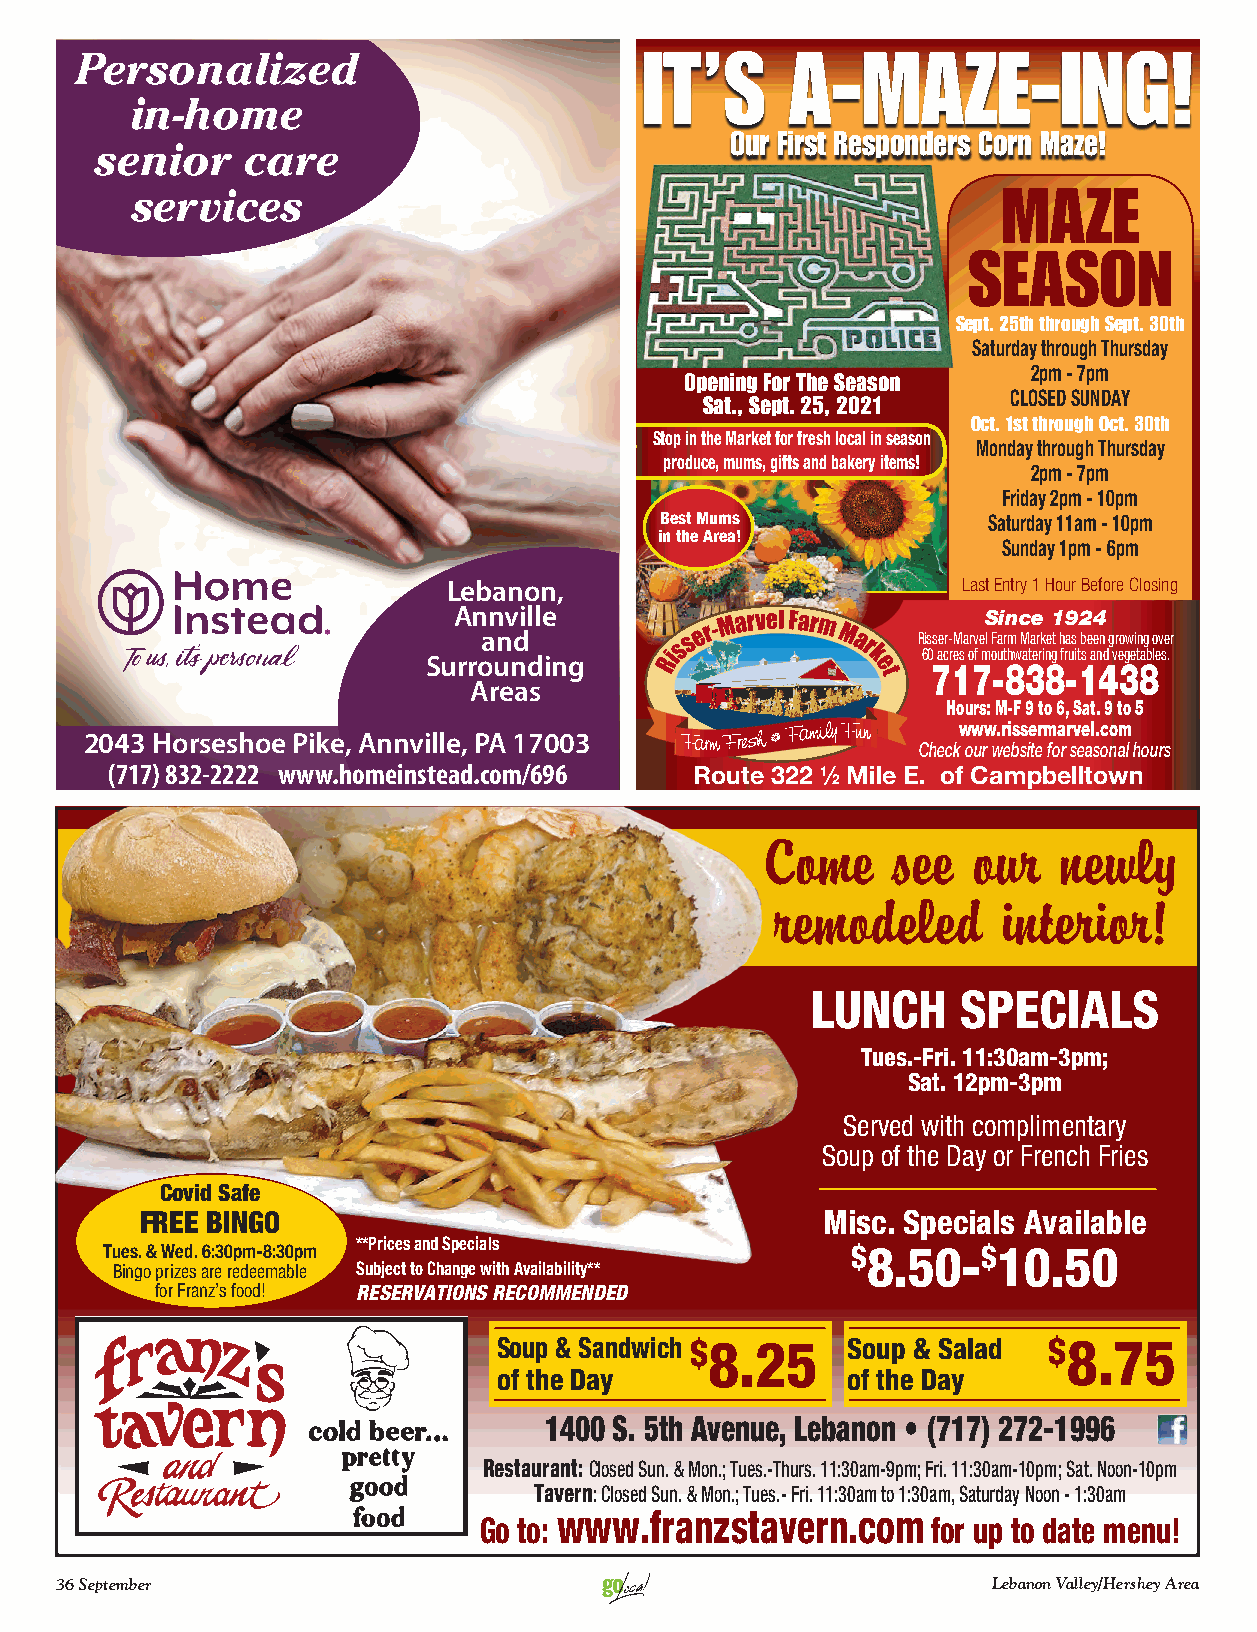
Personalized                          It’s     A-MAzE-Ing!
 in-home
 Our First Responders Corn Maze!
 senior    care
 services                                                 MAzE
 sEAsOn
 sept. 25th through sept. 30th
 Saturday through Thursday
 2pm - 7pm
 Opening For the season
 CLOSED SUNDAY
 sat., sept. 25, 2021
 Oct. 1st through Oct. 30th
 Stop in the Market for fresh local in season
 Monday through Thursday
 produce, mums, gifts and bakery items!
 2pm - 7pm
 Friday 2pm - 10pm
 Best Mums            Saturday 11am - 10pm
 in the Area!
 Sunday 1pm - 6pm
 Lebanon,                          Last Entry 1 Hour Before Closing
 Annville                           Since 1924
 and                          Risser-Marvel Farm Market has been growing over
 60 acres of mouthwatering fruits and vegetables.
 Surrounding
 717-838-1438
 Areas
 Hours: M-F 9 to 6, Sat. 9 to 5
 www.rissermarvel.com
 2043 Horseshoe Pike, Annville, PA 17003
 Check our website for seasonal hours
 (717) 832-2222 www.homeinstead.com/696 Route 322 1⁄ Mile E. of Campbelltown
 2
 Come    see  our   newly
 remodeled      interior!
 Lunch     SpeciaLS
 Tues.-Fri. 11:30am-3pm;
 Sat. 12pm-3pm
 Served with complimentary
 Soup of the Day or French Fries
 Covid Safe
 FREE Bingo                                   Misc. Specials available
 **Prices and Specials
 Tues. & Wed. 6:30pm-8:30pm                       $8.50-$10.50
 Bingo prizes are redeemable Subject to Change with Availability**
 for Franz’s food! RESERVATIONS RECOMMENDED
 Soup & Sandwich $8.25  Soup & Salad $8.75
 of the Day             of the Day
 1400 S. 5th Avenue, Lebanon • (717) 272-1996
 Restaurant: Closed Sun. & Mon.; Tues.-Thurs. 11:30am-9pm; Fri. 11:30am-10pm; Sat. Noon-10pm
 Tavern: Closed Sun. & Mon.; Tues.- Fri. 11:30am to 1:30am, Saturday Noon - 1:30am
 www.franzstavern.com
 Go to:                        for up to date menu!
 36 September                                                  Lebanon Valley/Hershey Area